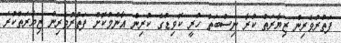
ފަތުރުވެރިން ޒިޔާރަތް ކުރާ ނިސްބަތް ހުރީ ކޮވިޑުގެ ކުރިން އާންމުކޮށް ފަތުރުވެރިން ޒިޔާރަތްކުރަ